Indian Medical Review
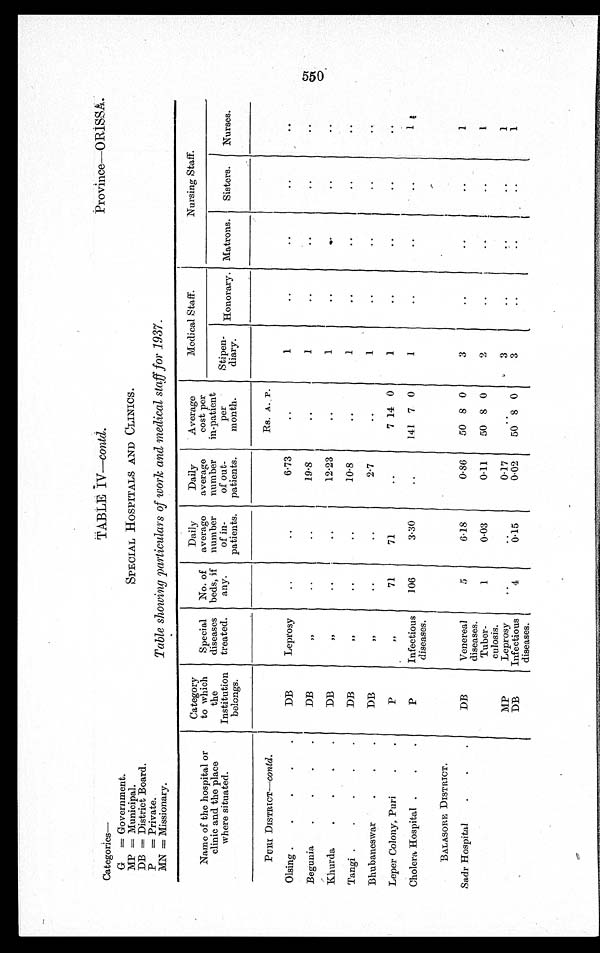
SPECIAL HOSPITALS AND CLINICS.
Table showing particulars of work and medical staff for 1937.
TABLE IV—contd.
Province—ORISSA.
Categories—
G =Government.
MP = Municipal.
DB = District Board.
P = Private.
MN = Missionary.
Name of the hospital or
clinic and the place
where situated.
Category
to which
the
Institution
belongs.
Special
diseases
treated.
No. of
beds, if
any.
Daily
average
number
of in-
patients.
Daily
average
number
of out-
patients.
Average
cost per
in-patient
per
month.
Medical Staff.
Nursing Staff.
Stipen-
diary. Honorary. Matrons. Sisters. Nurses.
PURI DISTRICT—contd.
Rs. A. P.
Olsing
DB
Leprosy
6.73
1
Begunia
DB
,,
1 9 . 8
1
Khurda
DB
,,
12.23
1
Tangi
DB
,,
10.8
1
Bhubaneswar
DB
,,
2.7
1
Leper Colony, Puri
P
,,
71
71
7 14 0
1
Cholera Hospital
P
Infectious
diseases.
106
3.30
141 7 0
1
1
BALASORE DISTRICT.
Sadr Hospita
DB
Venereal
diseases.
5
6.18
0.86
50 8 0
3
1
Tuber-
culosis.
1
0.03
0.11
50 8 0
2
1
MP
Leprosy
0.17
3
1
DB
Infectious
diseases.
4
0 . 1 5
0.02
50 8 0
3
1
550